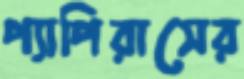
প্যাপিরাসের